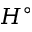
H ^ { \circ }